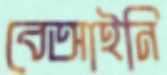
বেআইনি